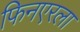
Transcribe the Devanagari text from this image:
फिनएरला